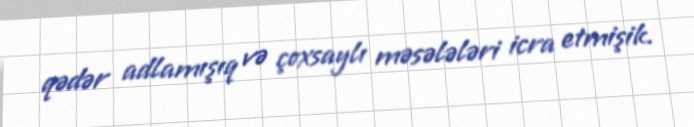
qədər adlamışıq və çoxsaylı məsələləri icra etmişik.